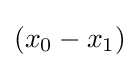
(x_{0}-x_{1})